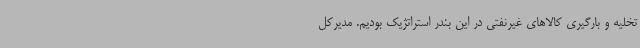
تخلیه و بارگیری کالاهای غیرنفتی در این بندر استراتژیک بودیم. مدیرکل